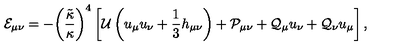
{ { \mathcal { E } } _ { \mu \nu } } = - { { \left( { \frac { \tilde { \kappa } } { \kappa } } \right) } ^ { 4 } } \left[ { \mathcal { U } } \left( { u _ { \mu } } { u _ { \nu } } + { \frac { 1 } { 3 } } { h _ { \mu \nu } } \right) + { { \mathcal { P } } _ { \mu \nu } } + { { \mathcal { Q } } _ { \mu } } { u _ { \nu } } + { { \mathcal { Q } } _ { \nu } } { u _ { \mu } } \right] ,